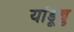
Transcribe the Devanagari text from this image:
यांडूबु